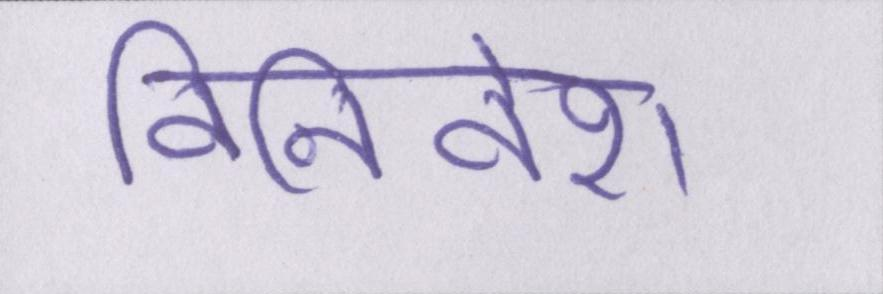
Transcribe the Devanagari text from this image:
विनिवेश